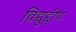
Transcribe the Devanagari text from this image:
विद्युद्दीप